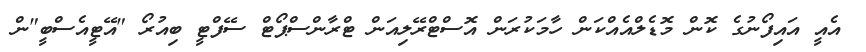
އެއީ އައިފޯނުގެ ކޮން މޮޑެލްއެއްކަން ހާމަކުރަން އޮސްޓްރޭލިއަން ޓްރާންސްޕޯޓް ސޭފްޓީ ބިއުރޯ "އޭޓީއެސްބީ"ން